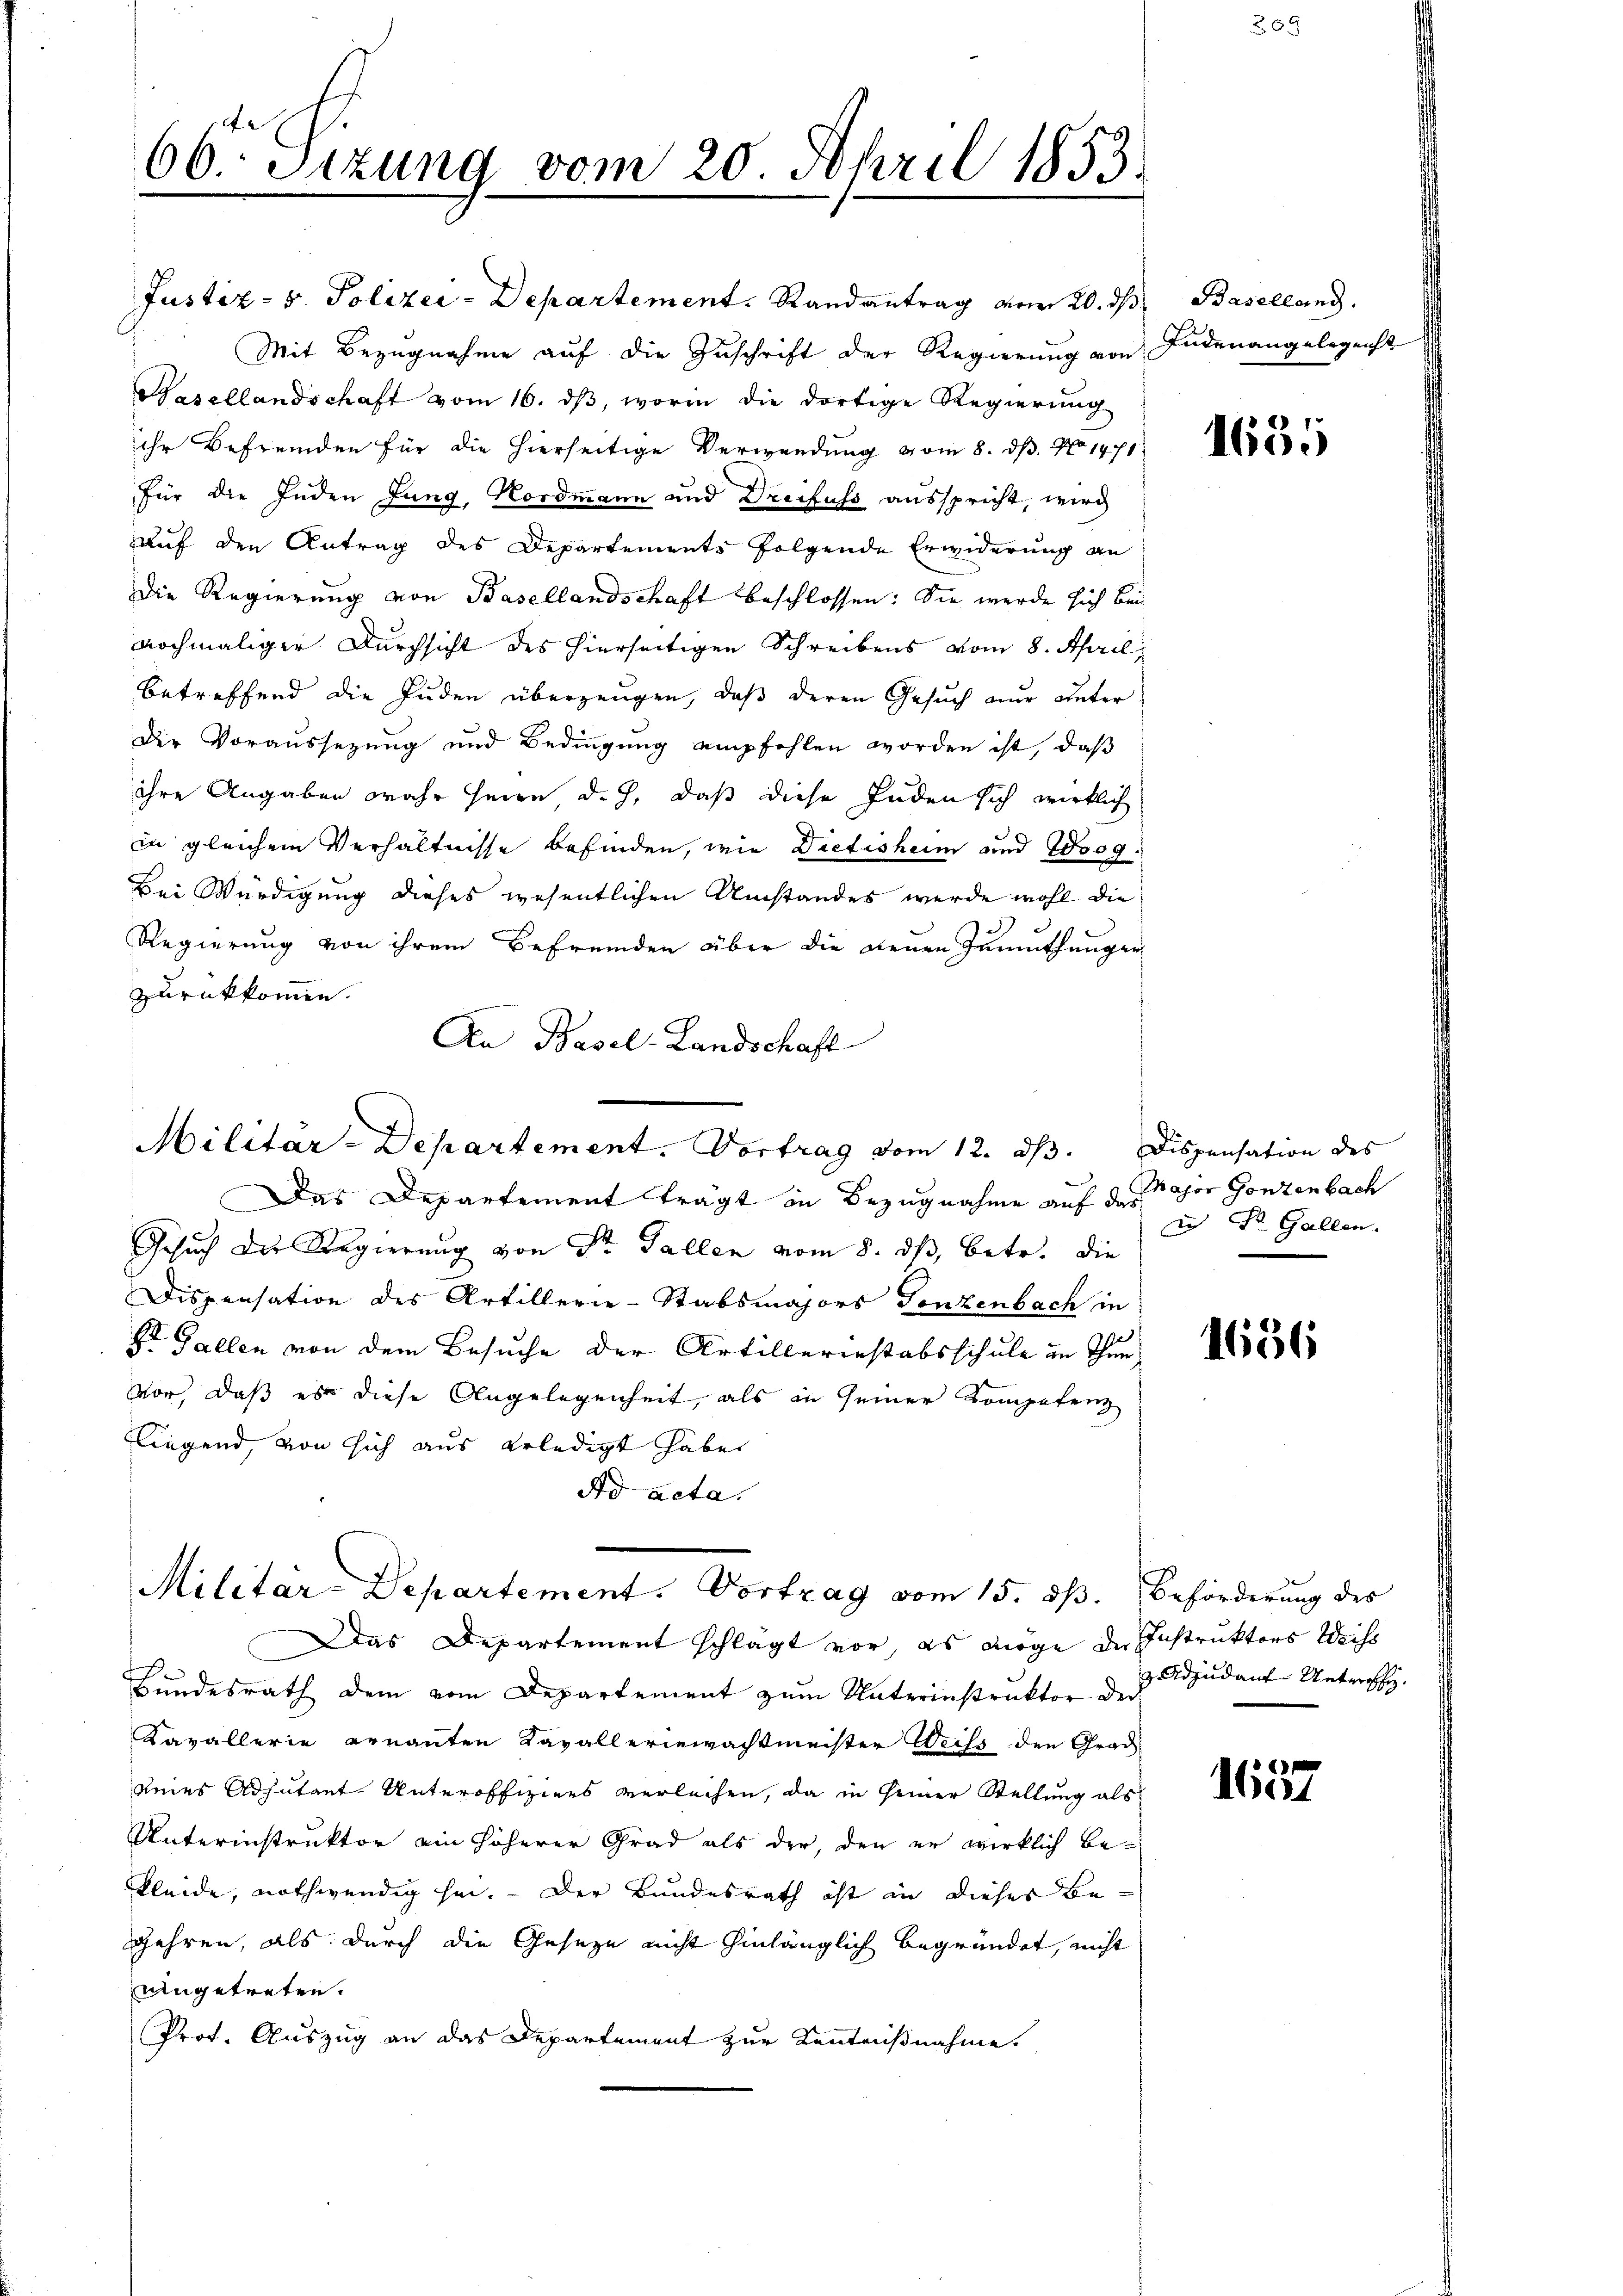
66. Sizung vom 20. April 1853

Justiz- & Polizei-Departement. Randantrag vom 20. ds Baselland.
Mit Bezugnahme auf die Zuschrift der Regierung von
Hasellandschaft vom 16. dβ, worin die dortige Regierung
ihr Befremden für die hierseitige Verwendung vom 8. ds. No 1471.
für die Inden Jung, Nordmann und Dreifuss ausspricht, wird
auf den Antrag des Departements folgende Erwiderung an
Die Regierung von Basellandschaft beschlossen: Sie werde sich bei
nochmaliger Durchsicht des hierseitigen Schreibens vom 8. April,
betreffend die Juden überzeugen, daß deren Gesuch nur unter¬
Der Voraussezung und Bedingung empfehlen worden ist, daß
ihre Angaben wahr seien d. J. daß diese Juden sich wirklich
in gleichem Verhältnisse befinden, wie Dietishum und Woog¬
Bei Würdigung dieses wesentlichen Umstandes werde wohl die
Regierung von ihrem Befremden über die denen Zumuthungen
zurückkommen.
An Basel-Landschaft

Militar-Departement. Vortrag vom 12. ds.

Das Departement trägt in Bezugnahme auf der Major Gonzenbach

Gesuch die Regierung von Dr. Gallen vom 8. ds, betr. die
Dispensation des Artillerie-Stabsmajors Tonzenbach in
E Gallen von dem Besuche der Artillerinstabsschule im Thun
vor, daß es diese Angelegenheit, als in seiner Kompetenz
liegend, von sich aus erledigt habe
Ad acta.

Militär-Departement. Vortrag vom 15. dß. Beförderung des

Das Departement schlägt vor, es möge der Instruktors Weiss
E
Bundesrath dem vom Departement zum Unterinstruktor der
Kavallerie ernannten Kavalleriewachtmeister Weiss den Grad
eies Adjutant Unteroffiziers verleihen, da in seiner Stellung als
Unterinstruktor ain höherer Grad als der, den er wirklich bekleide, nothwendig sei. - Der Bundesrath ist in dieses Be¬
Jahren, als durch die Geseze nicht hinlänglich begründet, nicht
angetreten.
Prot. Auszug an das Departement zur Kentnißnahme.

Indenangelegenst

1651

Dispensation des
in Dr. Gallen.

1656

dzudauf Untrich.

Aet